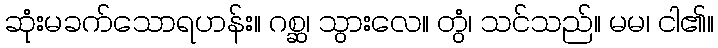
ဆုံးမခက်သောရဟန်း။ ဂစ္ဆ၊ သွားလေ။ တွံ၊ သင်သည်။ မမ၊ ငါ၏။